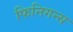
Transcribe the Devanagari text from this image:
फिनिगन्स